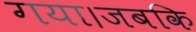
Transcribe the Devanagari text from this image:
गया।जबकि